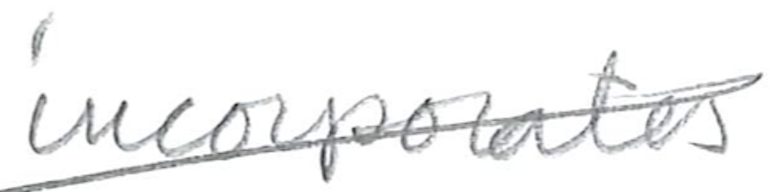
Text: incorporates
Cross-out: diagonal
Writing tool: pencil